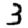
Digit: 3